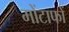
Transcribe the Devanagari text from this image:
मोंटाफों